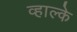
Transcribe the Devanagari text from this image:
व्हाल्के